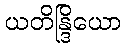
ယတိန္ဒြိယော